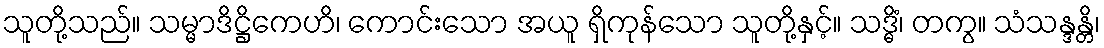
သူတို့သည်။ သမ္မာဒိဋ္ဌိကေဟိ၊ ကောင်းသော အယူ ရှိကုန်သော သူတို့နှင့်။ သဒ္ဓိံ၊ တကွ။ သံသန္ဒန္တိ၊